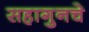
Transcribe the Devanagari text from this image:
सहागुनचे